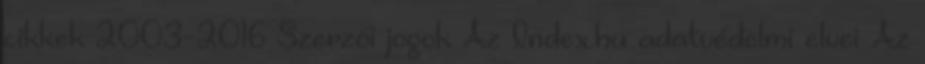
cikkek 2003-2016 Szerzői jogok Az Index.hu adatvédelmi elvei Az